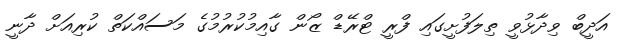
އަދީބް ވިދާޅުވީ ތިލަފުށީގައި ފްރީ ޓްރޭޑް ޒޯން ގާއިމުކުރުމުގެ މަަސައްކަތް ކުރިއަށް ދާނީ